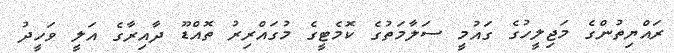
ރައްޔިތުންގެ މަޖިލީހުގެ ގައުމީ ސަލާމަތުގެ ކޮމެޓީގެ މުގައްރިރު ތޮއްޑޫ ދާއިރާގެ އަލީ ވަހީދު